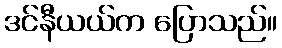
ဒင်နီယယ်က ပြောသည်။